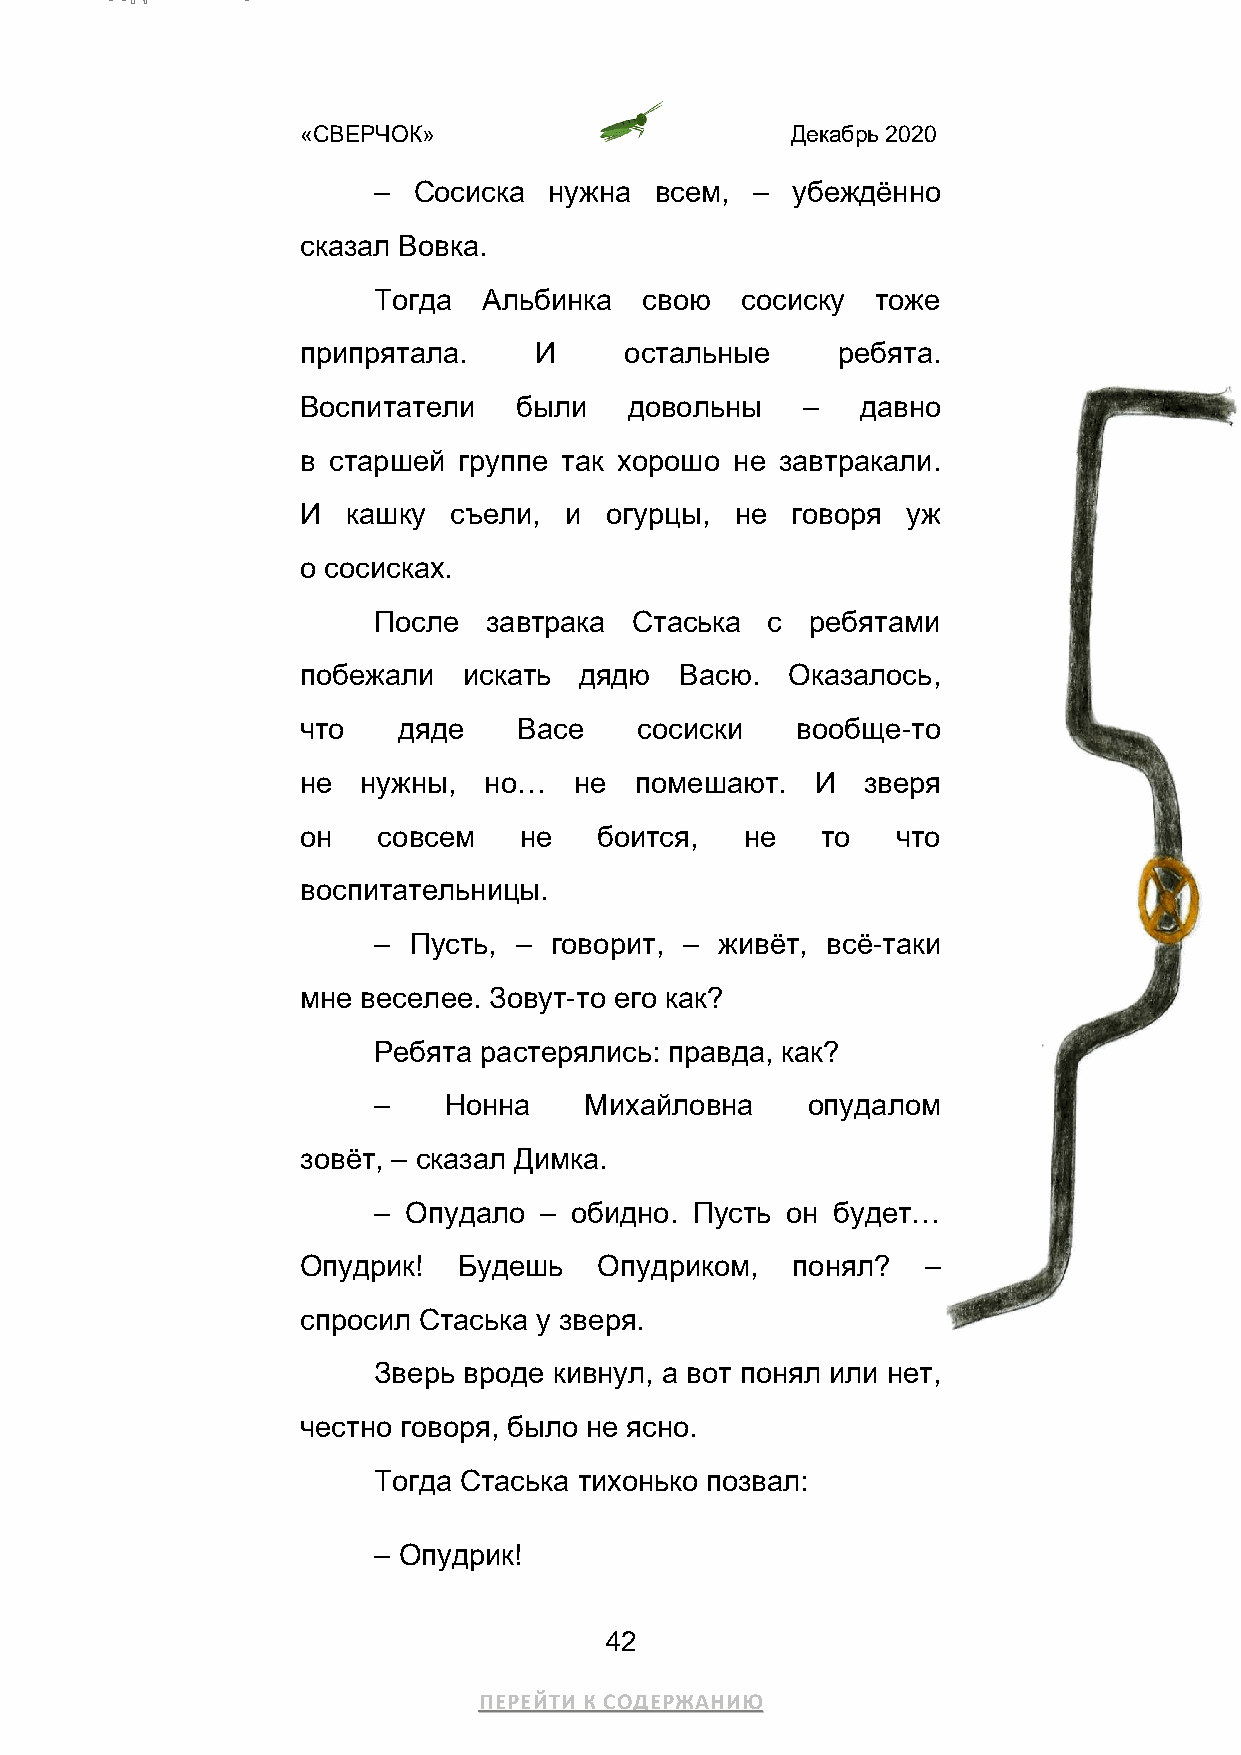
«СВЕРЧОК»                       Декабрь 2020
 – Сосиска  нужна  всем,  – убеждённо
 сказал Вовка.
 Тогда  Альбинка   свою  сосиску  тоже
 припрятала.    И     остальные     ребята.
 Воспитатели   были    довольны   –   давно
 в старшей группе так хорошо  не завтракали.
 И  кашку  съели, и  огурцы,  не говоря  уж
 о сосисках.
 После  завтрака  Стаська  с  ребятами
 побежали   искать дядю   Васю.  Оказалось,
 что   дяде    Васе    сосиски    вообще-то
 не  нужны,  но…   не  помешают.   И  зверя
 он   совсем   не    боится,  не   то   что
 воспитательницы.
 – Пусть, – говорит, –  живёт, всё-таки
 мне веселее. Зовут-то его как?
 Ребята растерялись: правда, как?
 –   Нонна     Михайловна    опудалом
 зовёт, – сказал Димка.
 – Опудало  – обидно. Пусть он будет…
 Опудрик!  Будешь    Опудриком,  понял?   –
 спросил Стаська у зверя.
 Зверь вроде кивнул, а вот понял или нет,
 честно говоря, было не ясно.
 Тогда Стаська тихонько позвал:
 – Опудрик!
 42
 ПЕРЕЙТИ К СОДЕРЖАНИЮ